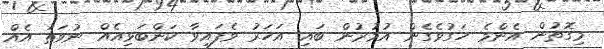
މިގޮތުން އެންމެ ހަގުވެގެން އުމުރުން ބައި އަހަރު ވެފައިވާ ކަންބަޅިއެއް ނުވަތަ އެއް